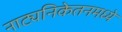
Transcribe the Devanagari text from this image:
नाट्यनिकेतनमध्ये